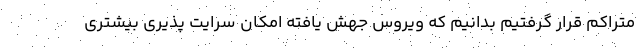
متراکم قرار گرفتیم بدانیم که ویروس جهش یافته امکان سرایت پذیری بیشتری